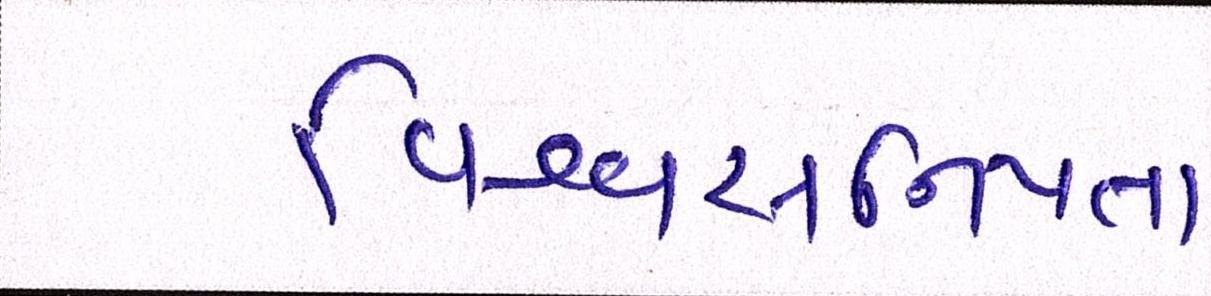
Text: વિશ્વસનિયતા